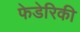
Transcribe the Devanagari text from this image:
फेडेरिकी